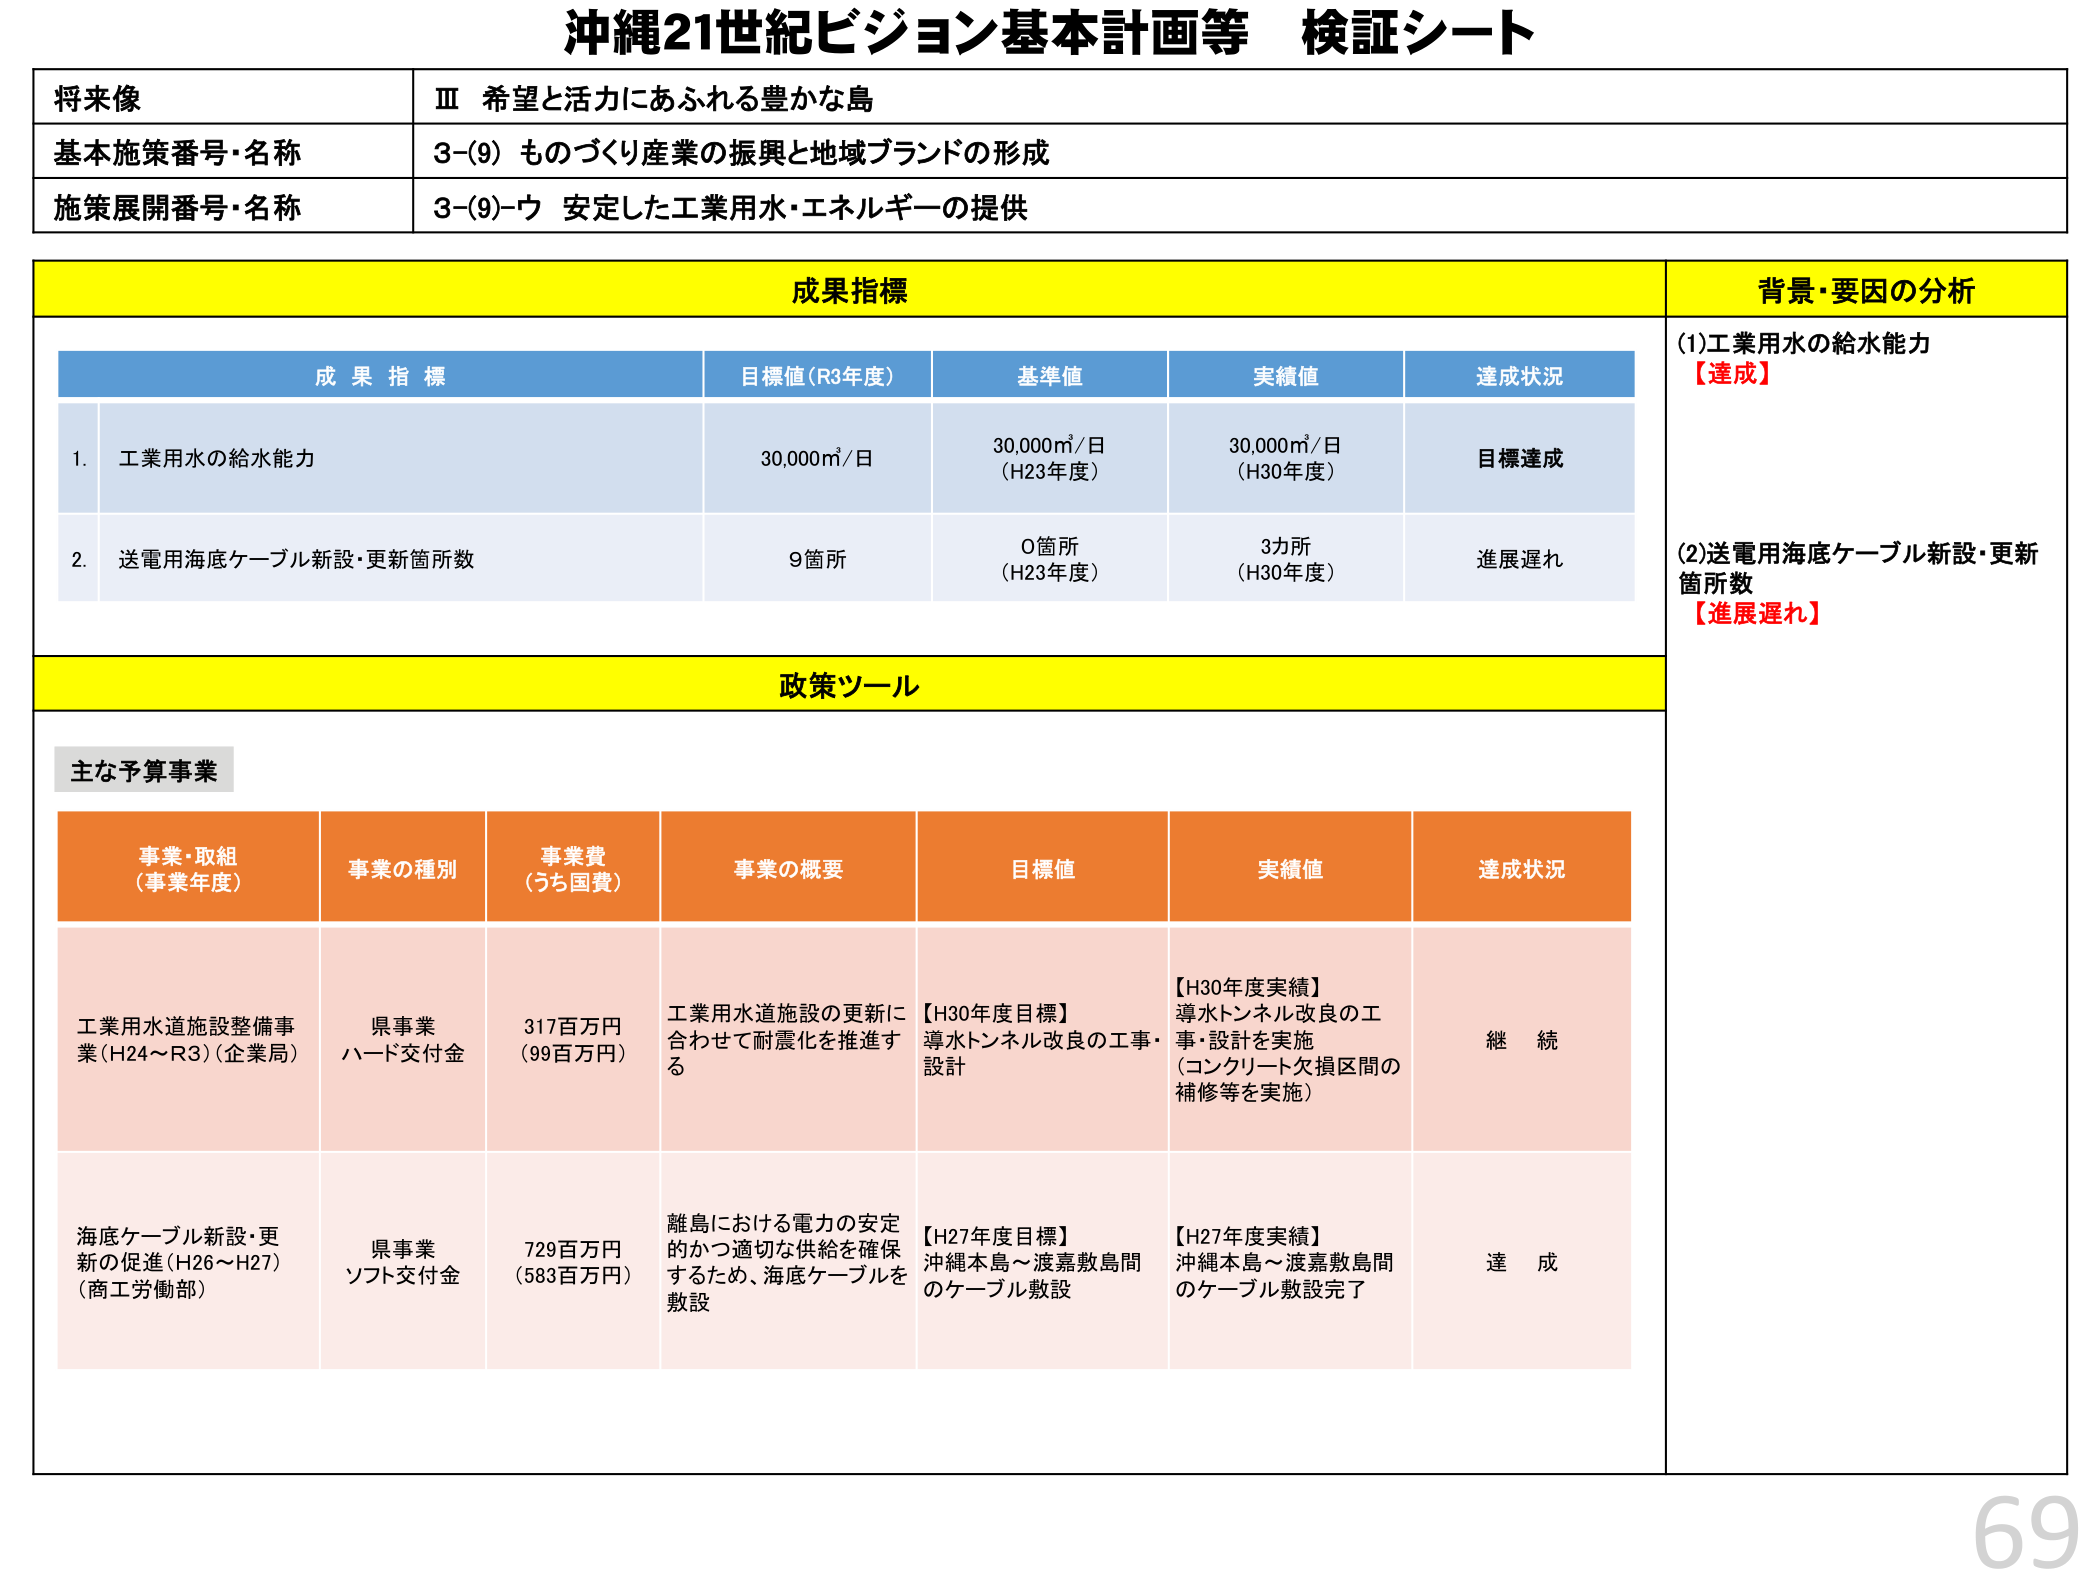
沖縄21世紀ビジョン基本計画等 検証シート

将来像
Ⅲ 希望と活力にあふれる豊かな島

基本施策番号・名称
3-(9) ものづくり産業の振興と地域ブランドの形成

施策展開番号・名称
3-(9)-ウ 安定した工業用水・エネルギーの提供

成果指標
背景・要因の分析

成果指標
目標値(R3年度)
基準値
実績値
達成状況

1. 工業用水の給水能力
30,000㎥/日
30,000㎥/日 (H23年度)
30,000㎥/日 (H30年度)
目標達成

2. 送電用海底ケーブル新設・更新箇所数
9箇所
0箇所 (H23年度)
3力所 (H30年度)
進展遅れ

(1)工業用水の給水能力
【達成】

(2)送電用海底ケーブル新設・更新箇所数
【進展遅れ】

政策ツール

主な予算事業

事業・取組 (事業年度)
事業の種別
事業費 (うち国費)
事業の概要
目標値
実績値
達成状況

工業用水道施設整備事業(H24～R3)(企業局)
県事業 ハード交付金
317百万円 (99百万円)
工業用水道施設の更新に合わせて耐震化を推進する
【H30年度目標】 導水トンネル改良の工事・設計
【H30年度実績】 導水トンネル改良の工事・設計を実施 (コンクリート欠損区間の補修等を実施)
継続

海底ケーブル新設・更新の促進(H26～H27)(商工労働部)
県事業 ソフト交付金
729百万円 (583百万円)
離島における電力の安定的かつ適切な供給を確保するため、海底ケーブルを敷設
【H27年度目標】 沖縄本島～渡嘉敷島間のケーブル敷設
【H27年度実績】 沖縄本島～渡嘉敷島間のケーブル敷設完了
達成

69